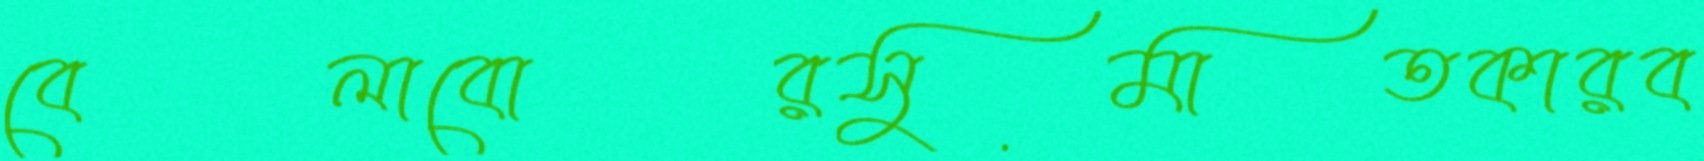
বেলাবোরসুমাতকারব